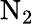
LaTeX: \mathrm{N}_{2}